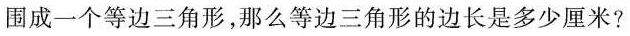
围成一个等边三角形，那么等边三角形的边长是多少厘米?